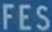
FES